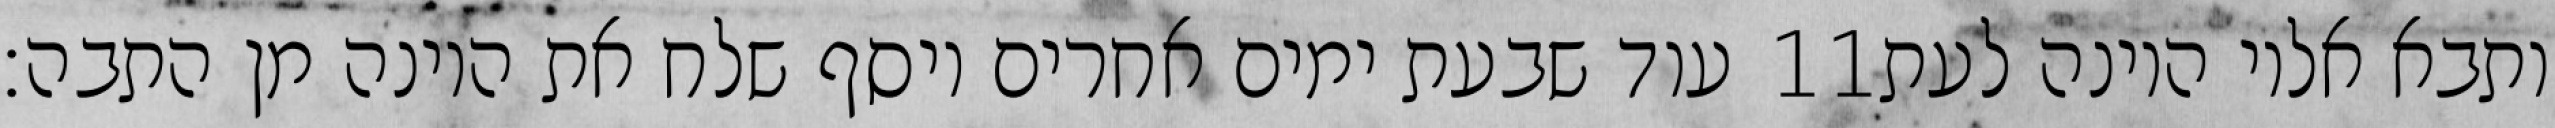
עוד שבעת ימים אחרים ויסף שלח את היונה מן התבה׃ ‎11‏ ותבא אליו היונה לעת